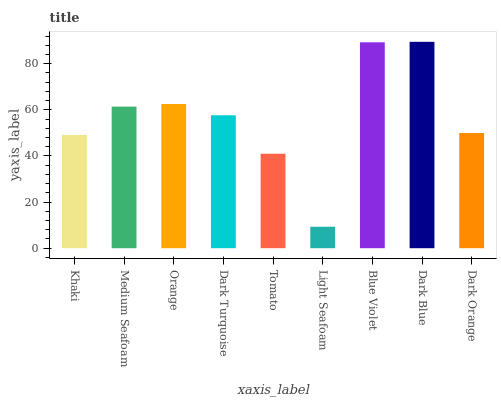
| xaxis_label | bars |
 | --- | --- |
 | Khaki | 49.1 |
 | Medium Seafoam | 61.4 |
 | Orange | 62.5 |
 | Dark Turquoise | 57.6 |
 | Tomato | 41 |
 | Light Seafoam | 9.3 |
 | Blue Violet | 89.3 |
 | Dark Blue | 89.5 |
 | Dark Orange | 50 |